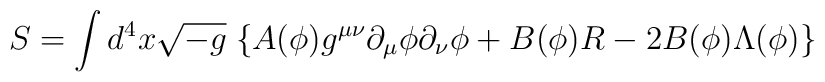
S= \int d^4x \sqrt{-g}\; \{ A(\phi)g^{\mu\nu}\partial_{\mu}\phi\partial_{\nu}\phi + B(\phi)R -2B(\phi) \Lambda(\phi) \}